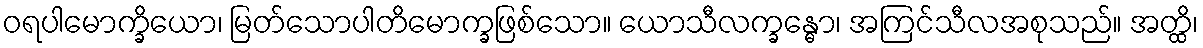
ဝရပါမောက္ခိယော၊ မြတ်သောပါတိမောက္ခဖြစ်သော။ ယောသီလက္ခန္ဓော၊ အကြင်သီလအစုသည်။ အတ္ထိ၊